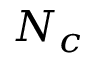
N _ { c }